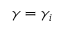
\gamma = \gamma _ { i }